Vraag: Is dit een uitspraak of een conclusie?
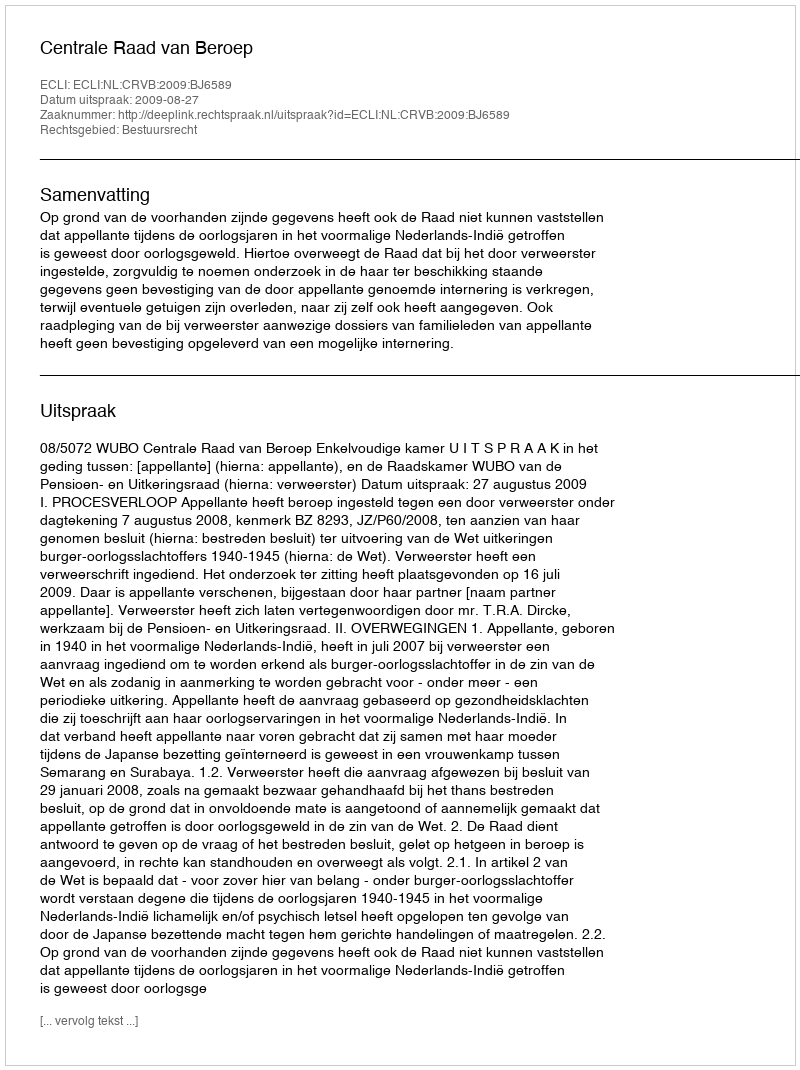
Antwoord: Uitspraak